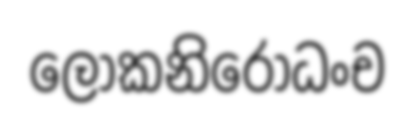
ලොකනිරොධංච